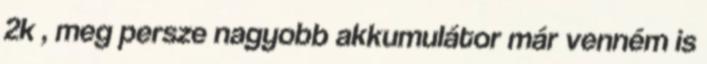
2k , meg persze nagyobb akkumulátor már venném is